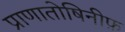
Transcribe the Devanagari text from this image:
प्राणातोषिनीफ़